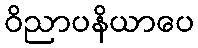
ဝိညာပနိယာပေ